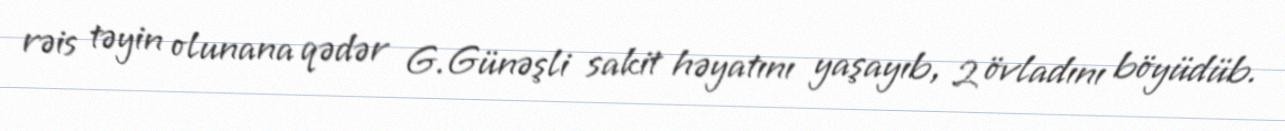
rəis təyin olunana qədər G.Günəşli sakit həyatını yaşayıb, 2 övladını böyüdüb.